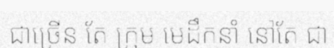
ជាច្រើន តែ ក្រុម មេដឹកនាំ នៅតែ ជា